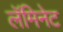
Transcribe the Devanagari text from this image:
लॅमिनेट